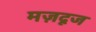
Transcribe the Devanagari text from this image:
मज़दूज